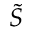
\tilde { S }